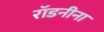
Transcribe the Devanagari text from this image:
रॉडनीना